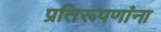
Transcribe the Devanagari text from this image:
प्रतिरूपणांना